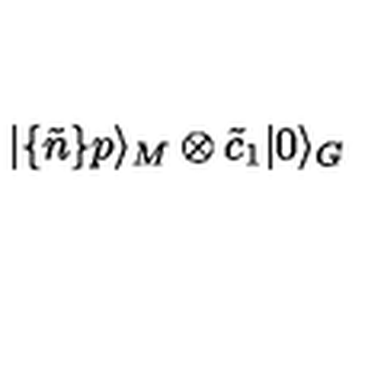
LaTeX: | \{ \tilde { n } \} p \rangle _ { M } \otimes \tilde { c } _ { 1 } | 0 \rangle _ { G }